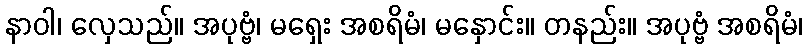
နာဝါ၊ လှေသည်။ အပုဗ္ဗံ၊ မရှေး အစရိမံ၊ မနှောင်း။ တနည်း။ အပုဗ္ဗံ အစရိမံ၊